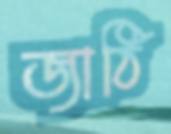
জাঠি